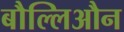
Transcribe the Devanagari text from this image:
बौल्लिऔन